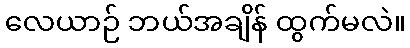
လေယာဉ် ဘယ်အချိန် ထွက်မလဲ။